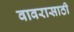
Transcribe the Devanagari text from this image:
वावरासाठी